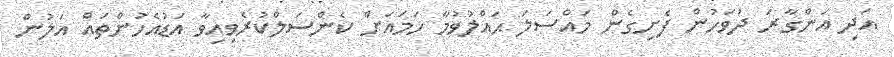
އަދި އަންގާރަ ދުވަހުން ފެށިގެން މައްސަލަ ޙައްލުވުމާ ހަމައަށް ކެންސަލްކުރެވިއިވާ އަޑުއެހުންތައް އަލުން